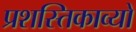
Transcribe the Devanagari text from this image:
प्रशस्तिकाव्यों